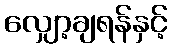
လျှော့ချရန်နှင့်